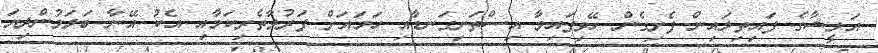
އަލީޝާގެ ފައިތިލައިން ފެށިގެން ހޭވިފައިވާ އިސްތަށިގަނޑާއި ހަމައަށް ފަރުވާތެރިކަމާއި އެކު އޭނާ ބަލަމުންދިޔަ